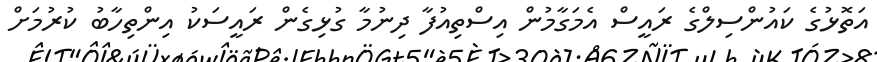
އަތޮޅުގެ ކައުންސިލްގެ ރައީސް އެމަގާމުން އިސްތިއުފާ ދިނުމާ ގުޅިގެން ރައީސަކު އިންތިހާބު ކުރުމަށް